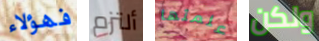
فهؤلاء ألتزم علمتها ولكن